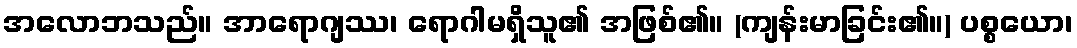
အလောဘသည်။ အာရောဂျဿ၊ ရောဂါမရှိသူ၏ အဖြစ်၏။ (ကျန်းမာခြင်း၏။) ပစ္စယော၊